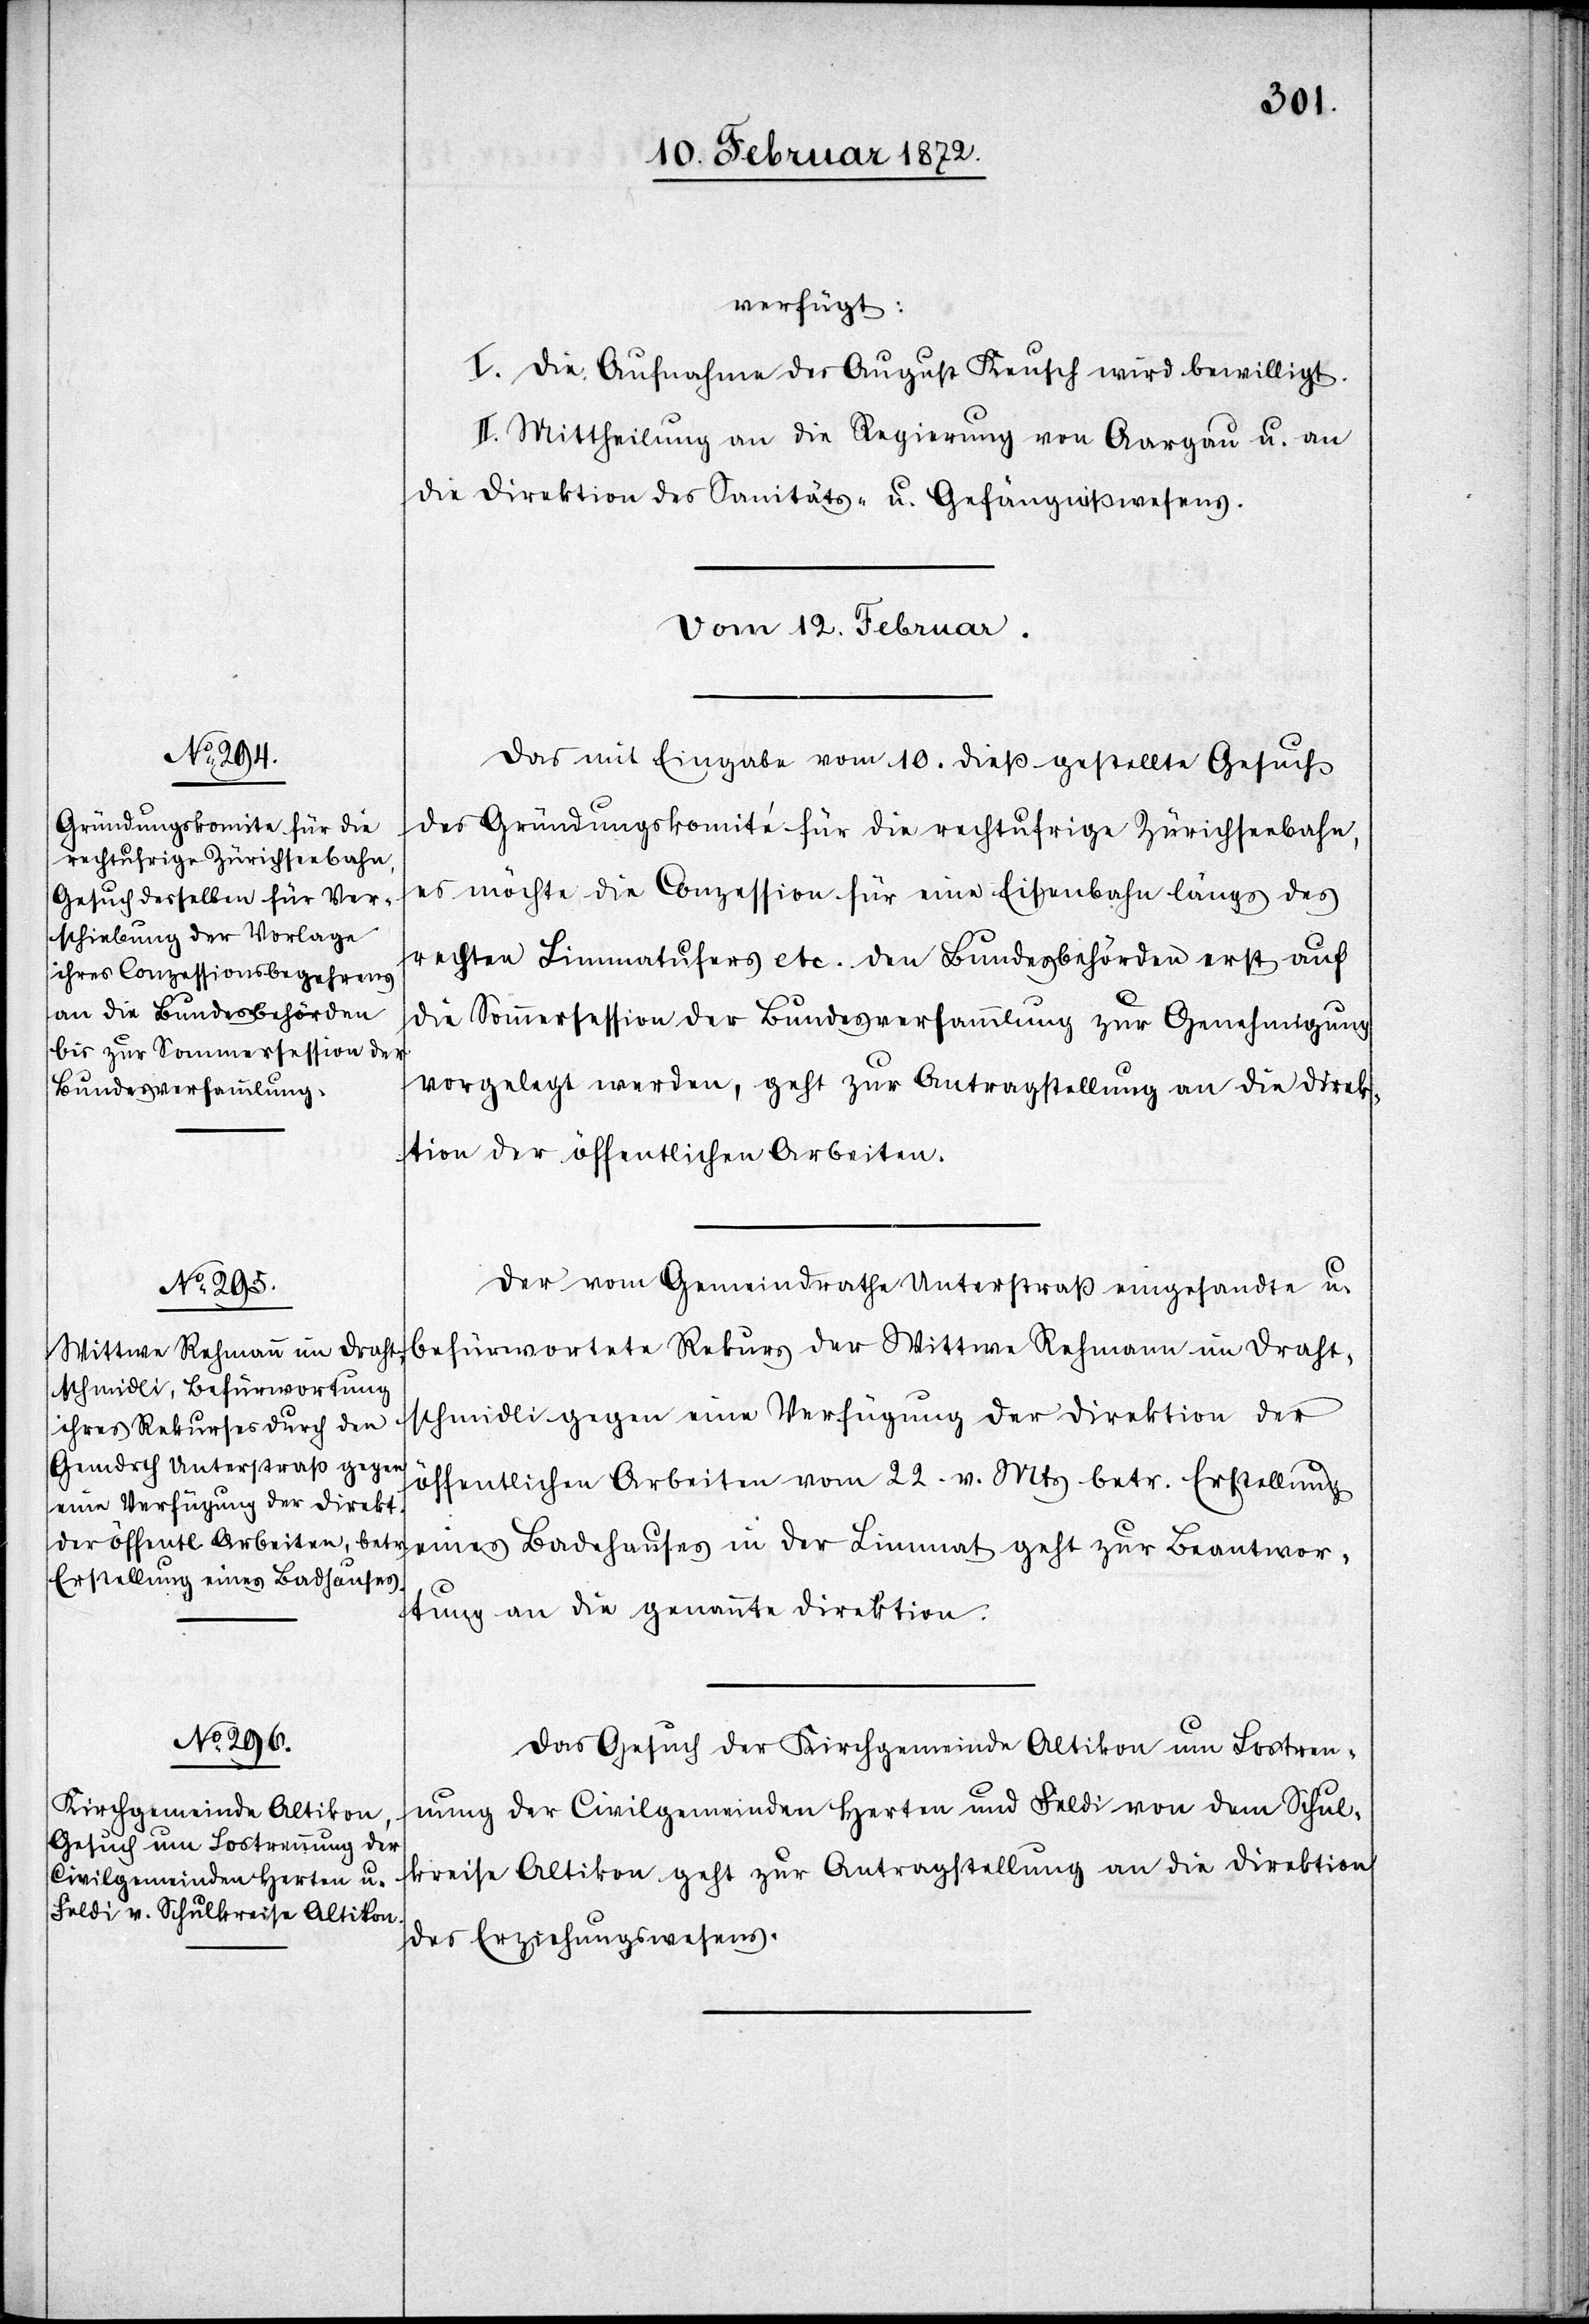
verfügt:
I. Die Aufnahme des August Keusch wird bewilligt.
II. Mittheilung an die Regierung von Aargau u. an
die Direktion des Sanitäts- u. Gefängnißwesens.
Vom 12. Februar.]
Das mit Eingabe vom 19. dieß gestellte Gesuch
des Gründungskomité für die rechtufrige Zürichseebahn,
es möchte die Conzession für eine Eisenbahn längs des
rechten Limmatufers etc. den Bundesbehörden erst auf
die Sommersession der Bundesversammlung zur Genehmigung
vorgelegt werden, geht zur Antragsstellung an die Direk¬
tion der öffentlichen Arbeiten.
Der vom Gemeindrathe Unterstraß eingesandte u.
gegen eine Verfügung der Direktion der
öffentlichen Arbeiten vom 22. v. Mts betr. Erstellung
eines Badehauses in der Limmat geht zur Beantwor¬
tung an die genannte Direktion.
Das Gesuch der Kirchgemeinde Altikon um Lostren¬
nung der Civilgemeinden Herten und Feldi von dem Schul¬
kreise Altikon geht zur Antragsstellung an die Direktion
des Erziehungswesens.